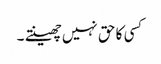
کسی کا حق نہیں چھینتے ۔